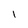
Character: I